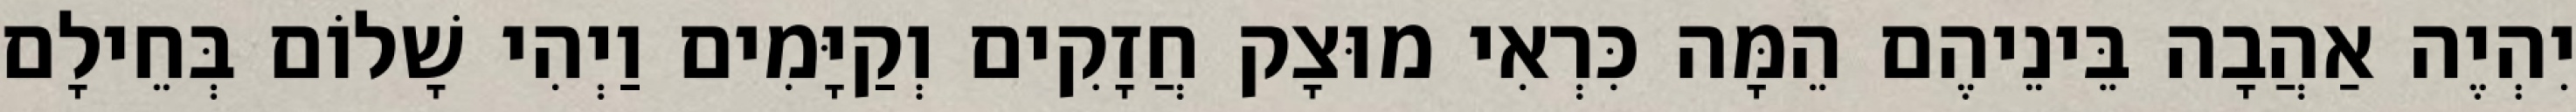
יִהְיֶה אַהֲבָה בֵּינֵיהֶם הֵמָּה כִּרְאִי מוּצָק חֲזָקִים וְקַיָּמִים וַיְהִי שָׁלוֹם בְּחֵילָם